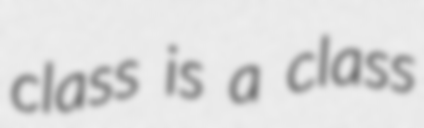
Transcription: class is a class